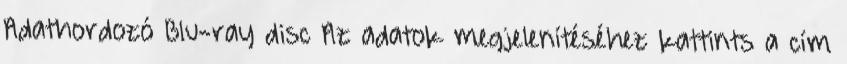
Adathordozó Blu-ray disc Az adatok megjelenítéséhez kattints a cím